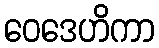
ဝေဒေဟိကာ